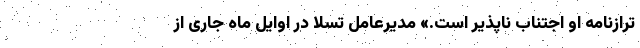
ترازنامه او اجتناب ناپذیر است.» مدیرعامل تسلا در اوایل ماه جاری از